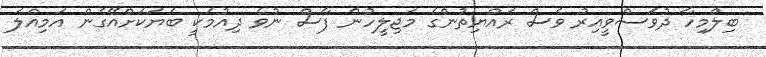
ބިލްމިހާ ދުވަސްވީއިރު ވެސް ރައްޔިތުންގެ މަޖިލީހުން ފާސް ނުވެ ދިއުމަކީ ބަޔަކަށްއޭގެން އަމިއްލަ